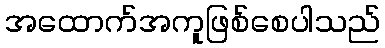
အထောက်အကူဖြစ်စေပါသည်